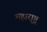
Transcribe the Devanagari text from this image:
महारा़्ष्ट्र